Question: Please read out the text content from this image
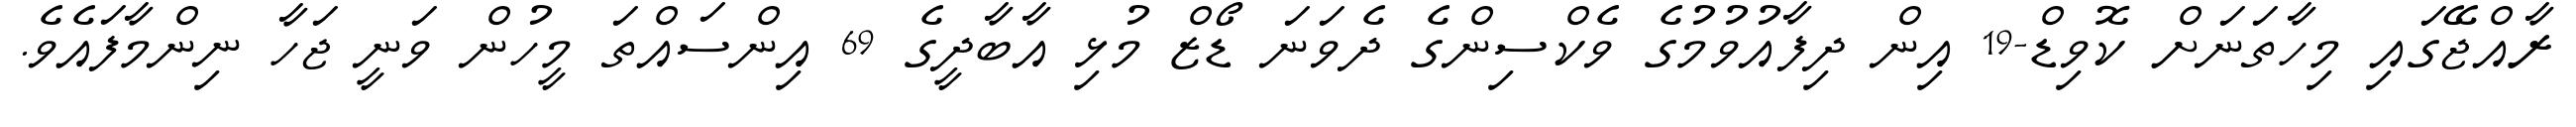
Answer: ރާއްޖޭގައި މިހާތަނަށް ކޮވިޑް-19 އިން ދިފާއުވުމުގެ ވެކްސިންގެ ދެވަނަ ޑޯޒް މުޅި އާބާދީގެ 69 އިންސައްތަ މީހުން ވަނީ ޖަހާ ނިންމާފައެވެ.